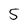
Character: 5